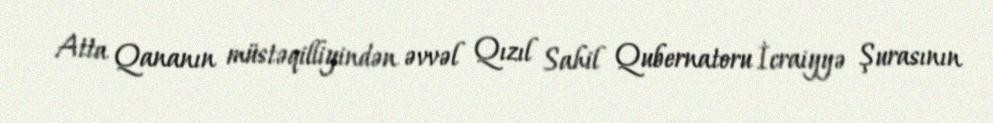
Atta Qananın müstəqilliyindən əvvəl Qızıl Sahil Qubernatoru İcraiyyə Şurasının